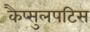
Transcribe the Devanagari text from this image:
कैप्सुलपटिस